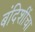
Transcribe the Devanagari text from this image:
बंदिशींचा